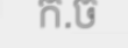
ក.ច